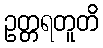
ဥတ္တရတူတိ